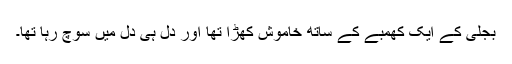
بجلی کے ایک کھمبے کے ساتھ خاموش کھڑا تھا اور دل ہی دل میں سوچ رہا تھا۔